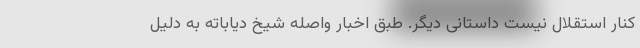
کنار استقلال نیست داستانی دیگر. طبق اخبار واصله شیخ دیاباته به دلیل